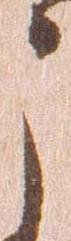
う